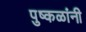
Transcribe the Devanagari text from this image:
पुष्कळांनी